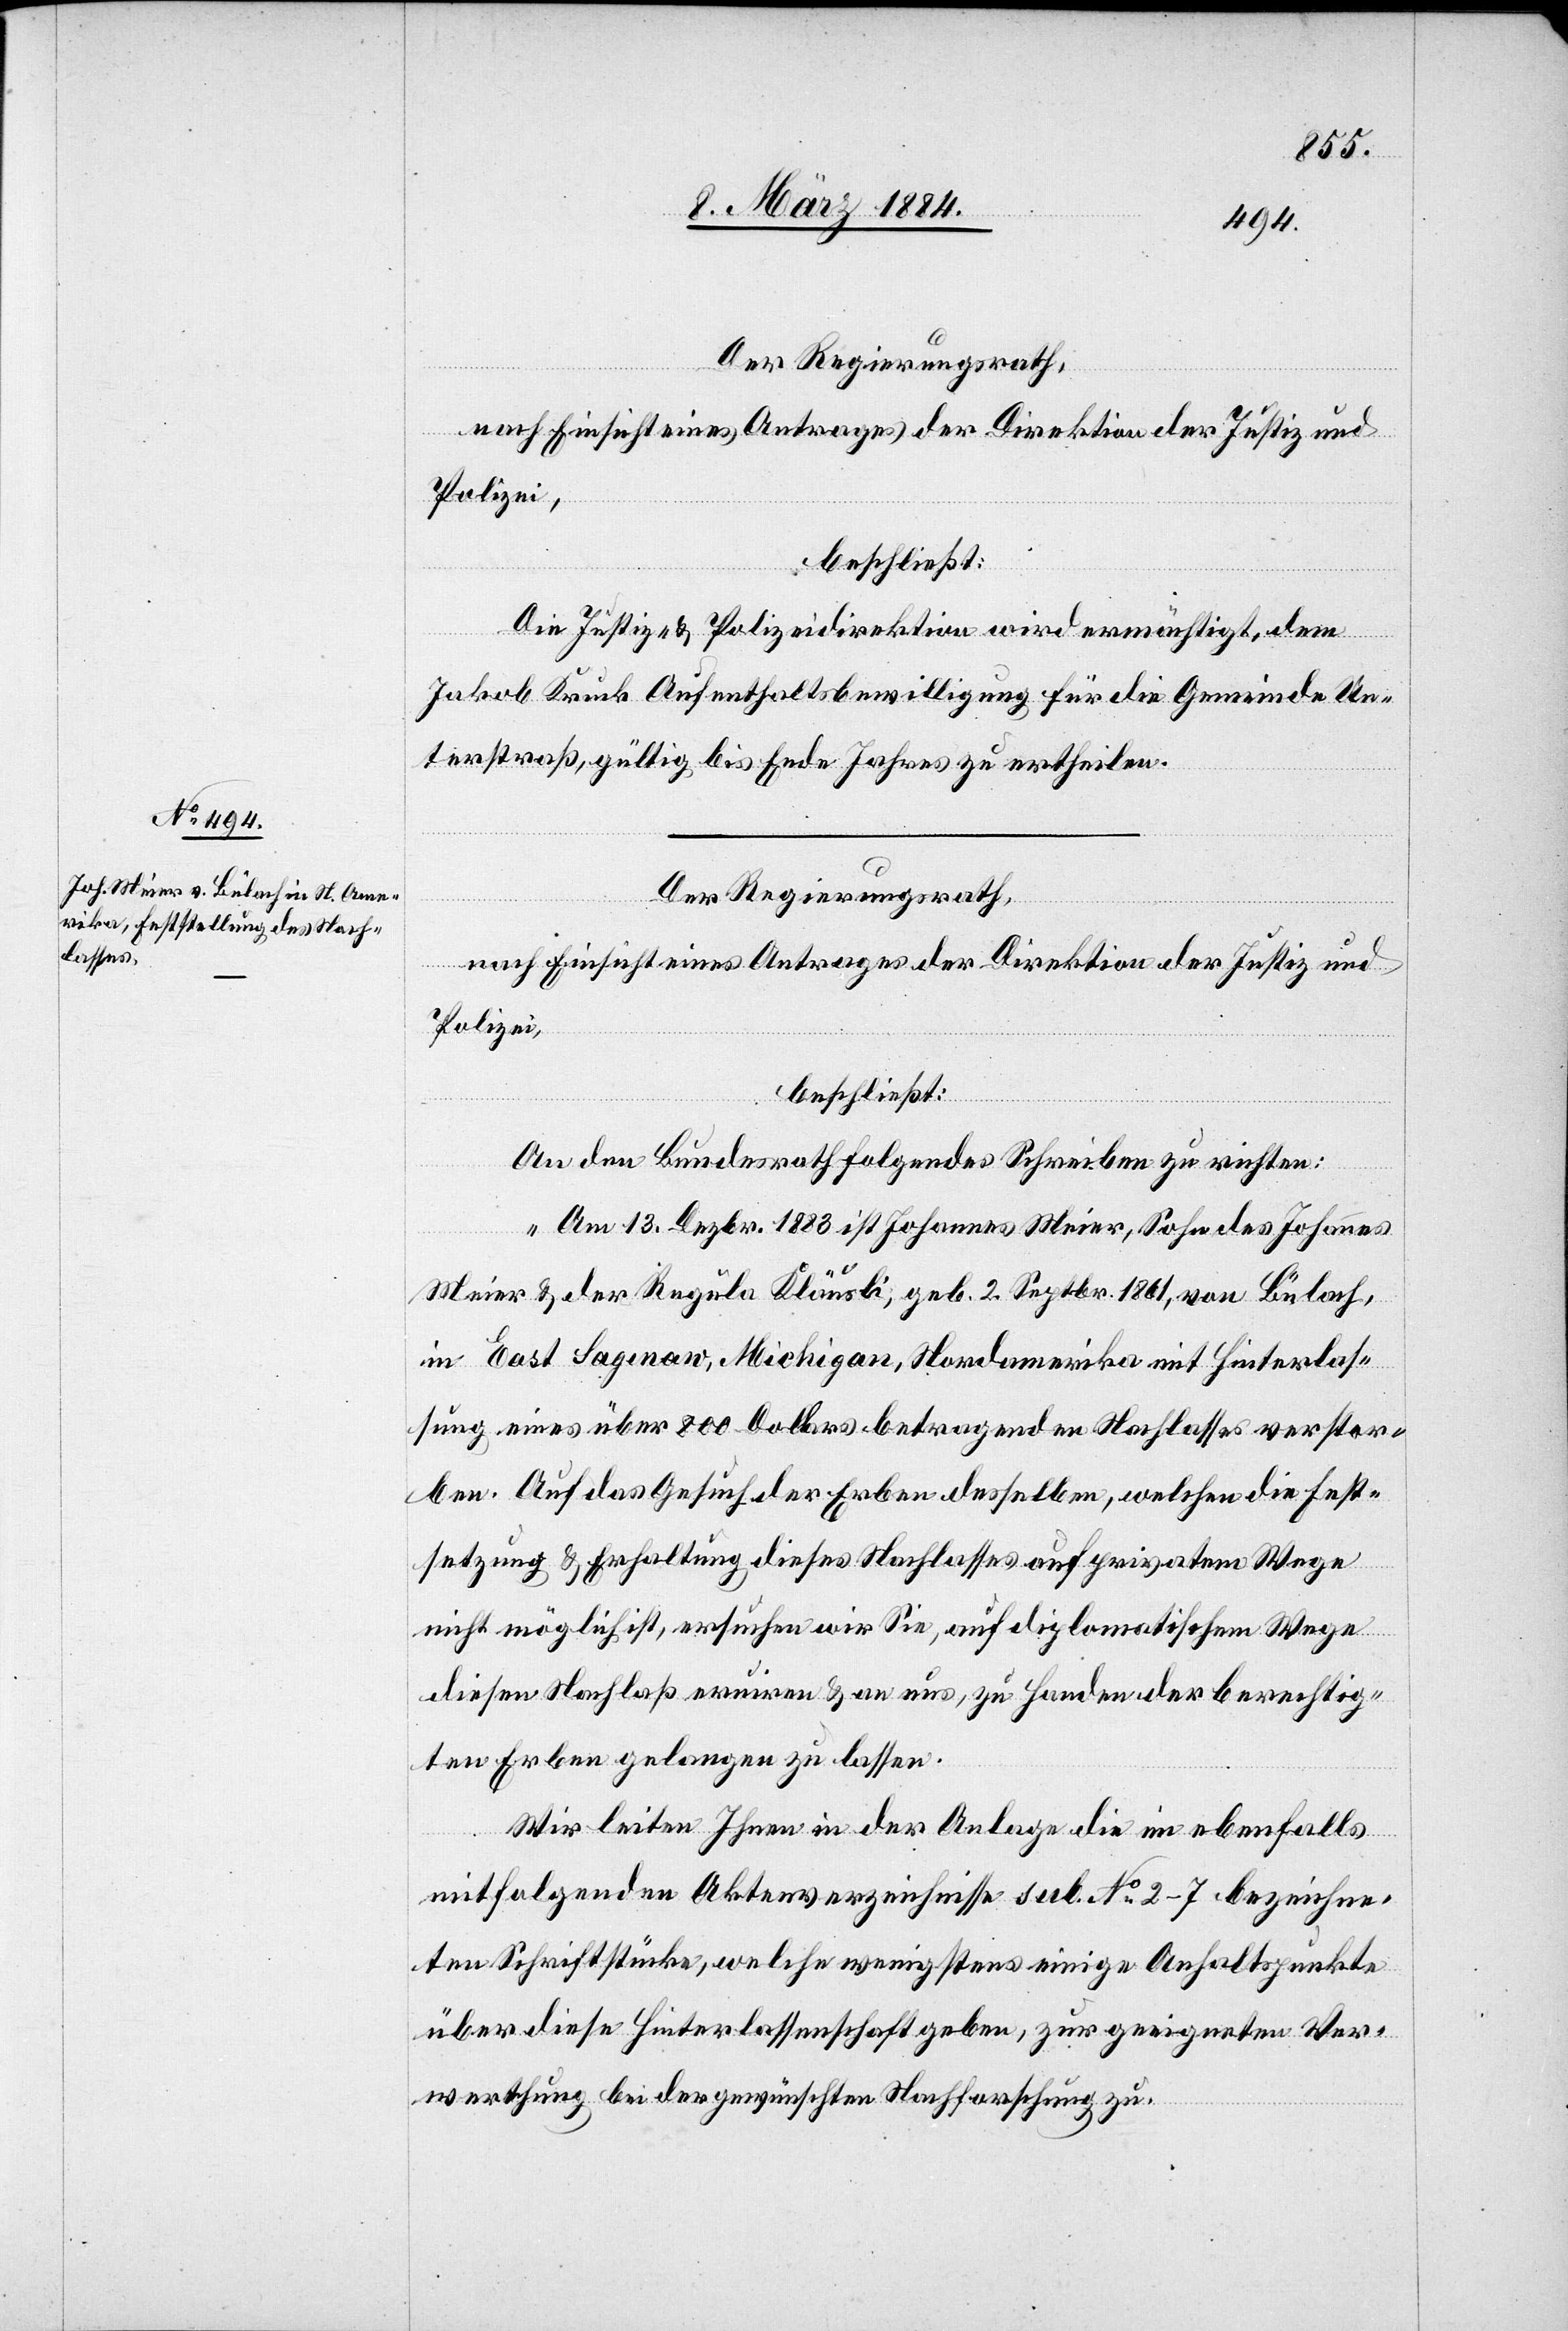
Der Regierungsrath,
nach Einsicht eines Antrages der Direktion der Justiz und
Polizei,
beschließt:
Die Justiz- & Polizeidirektion wird ermächtigt, dem
Jakob Kruck Aufenthaltsbewilligung für die Gemeinde Un¬
terstraß, gültig bis Ende Jahres zu ertheilen.
Der Regierungsrath,
nach Einsicht eines Antrages der Direktion der Justiz und
Polizei,
beschließt:
An den Bundesrath folgendes Schreiben zu richten:
„Am 13. Dezbr. 1883 ist Johannes Meier, Sohn des Johannes
Meier & der Regula Kläusli, geb. 2. Septbr. 1881, von Bülach,
in East Sagenaw, Michigan, Nordamerika mit Hinterlas¬
sung eines über 800 Dollars betragenden Nachlasses verstor¬
ben. Auf das Gesuch der Erben desselben, welchen die Fest¬
setzung & Erhaltung dieses Nachlasses auf privatem Wege
nicht möglich ist, ersuchen wir Sie, auf diplomatischem Wege
diesen Nachlaß eruiren & an uns, zu Handen der berechtig¬
ten Erben gelangen zu lassen.
Wir leiten Ihnen in der Anlage die im ebenfalls
mitfolgenden Aktenverzeichnisse sub. No 2–7 bezeichne¬
ten Schriftstücken, welche wenigstens einige Anhaltspunkte
über diese Hinterlassenschaft geben, zur geeigneten Ver¬
werthung bei der gewünschten Nachforschung zu.